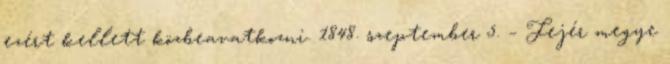
ezért kellett közbeavatkozni. 1848. szeptember 5. – Fejér megye